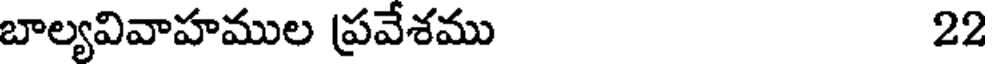
బాల్యవివాహముల ప్రవేశము 22